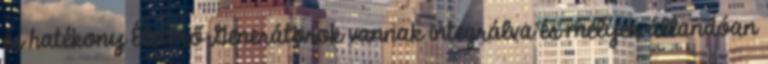
és hatékony ÉletErő Generátorok vannak integrálva és melyek állandóan